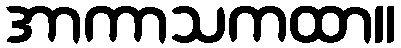
အာကာသကထာ။